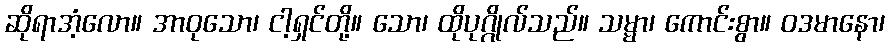
ဆိုရာအံ့လော။ အာဝုသော၊ ငါ့ရှင်တို့။ သော၊ ထိုပုဂ္ဂိုလ်သည်။ သမ္မာ၊ ကောင်းစွာ။ ဝဒမာနော၊